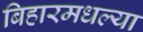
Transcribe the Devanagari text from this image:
बिहारमधल्या